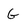
Character: G